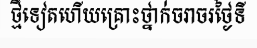
ថ្មីទៀតហើយគ្រោះថ្នាក់ចរាចរថ្ងៃទី